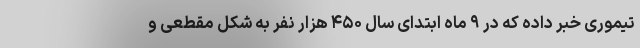
تیموری خبر داده که در ۹ ماه ابتدای سال ۴۵۰ هزار نفر به شکل مقطعی و